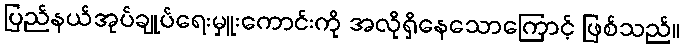
ပြည်နယ်အုပ်ချုပ်ရေးမှူးကောင်းကို အလိုရှိနေသောကြောင့် ဖြစ်သည်။